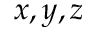
x , y , z